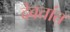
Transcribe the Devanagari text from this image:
देवतांत